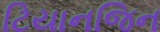
ટિયાનજિન